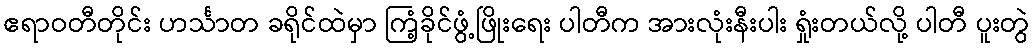
ဧရာဝတီတိုင်း ဟင်္သာတ ခရိုင်ထဲမှာ ကြံ့ခိုင်ဖွံ့ဖြိုးရေး ပါတီက အားလုံးနီးပါး ရှုံးတယ်လို့ ပါတီ ပူးတွဲ